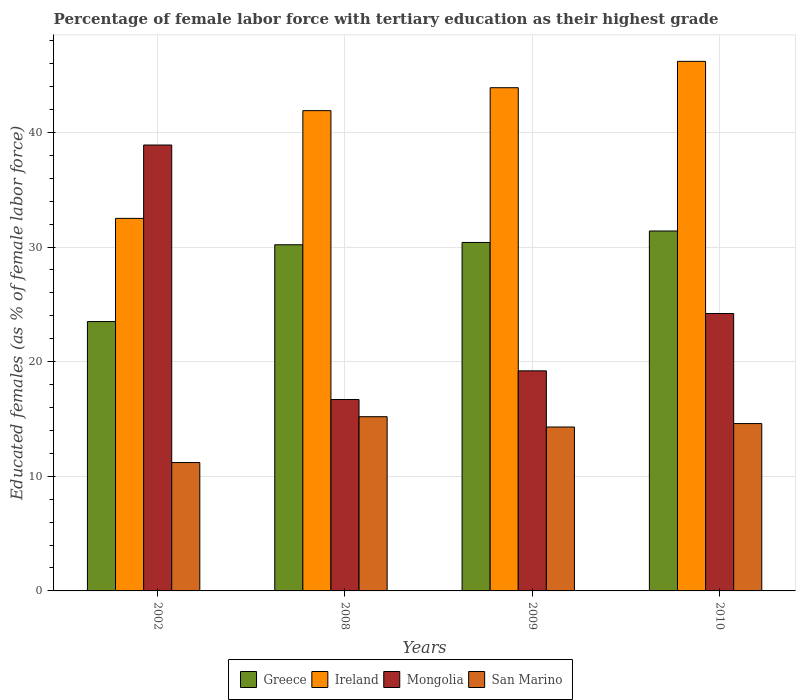
| Years | Greece | Ireland | Mongolia | San Marino |
 | --- | --- | --- | --- | --- |
 | 2002 | 23.5 | 32.5 | 38.9 | 11.2 |
 | 2008 | 30.2 | 41.9 | 16.7 | 15.2 |
 | 2009 | 30.4 | 43.9 | 19.2 | 14.3 |
 | 2010 | 31.4 | 46.2 | 24.2 | 14.6 |